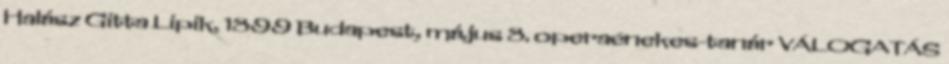
Halász Gitta Lipik, 1899 Budapest, május 8. operaénekes-tanár VÁLOGATÁS